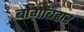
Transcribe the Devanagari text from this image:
बाग़ोबहार